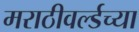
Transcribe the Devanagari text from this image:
मराठीवर्ल्डच्या